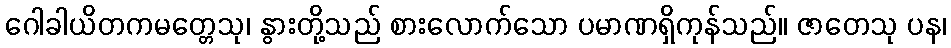
ဂေါခါယိတကမတ္တေသု၊ နွားတို့သည် စားလောက်သော ပမာဏရှိကုန်သည်။ ဇာတေသု ပန၊